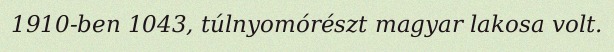
1910-ben 1043, túlnyomórészt magyar lakosa volt.